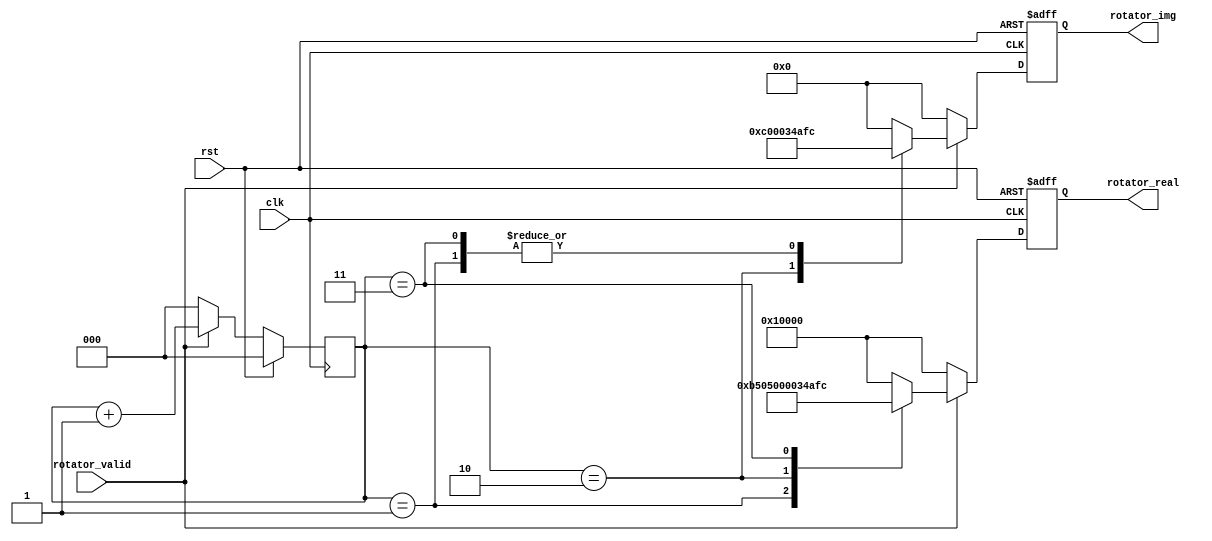
`timescale 1ns / 1ps
module RotatorMemory8 (
	input			clk,
	input			rst,
	input			rotator_valid,
	output	[17:0]	rotator_real,
	output	[17:0]	rotator_img
);

reg		[2:0]	counter = 0		;
reg		[17:0]	rotator_real_tmp = 0;
reg		[17:0]	rotator_img_tmp = 0;
//rotator0~165536
//
//cos45 6553646341
parameter	[18-1:0]	cos45_18		= 18'b0_0_1011_0101_0000_0101;
parameter	[18-1:0]	m_cos45_18		= 18'b1_1_0100_1010_1111_1100;
parameter	[18-1:0]	one				= 18'b0_1_0000_0000_0000_0000;
parameter				WAIT_FOR_ROTATOR = 5;


parameter W0_real = one;
parameter W0_img = 0;
parameter W1_real = cos45_18;
parameter W1_img = m_cos45_18;
parameter W2_real = 0;
parameter W2_img = -65536;
parameter W3_real = m_cos45_18;
parameter W3_img = m_cos45_18;

always@(posedge clk) begin
	if(rst) begin
		counter <= 0;
	end else begin
		if(rotator_valid) begin
			counter <= counter + 1;
		end else begin
			counter <= 0;
		end
	end
end

always @(posedge clk or posedge rst) begin
	if (rst) begin
		//,
		rotator_real_tmp <= 1<<16;
		rotator_img_tmp <= 0;
	end else begin
	// 
		if(rotator_valid) begin 
			case (counter)
				3'b000: begin 
					rotator_real_tmp <= W0_real;
					rotator_img_tmp <= W0_img;
				end
				3'b001: begin 
					rotator_real_tmp <= W1_real;
					rotator_img_tmp <= W1_img;
				end
				3'b010: begin 
					rotator_real_tmp <= W2_real;
					rotator_img_tmp <= W2_img;
				end
				3'b011: begin 
					rotator_real_tmp <= W3_real;
					rotator_img_tmp <= W3_img;
				end
				default: begin
					rotator_real_tmp <= 1<<16; // 
					rotator_img_tmp <= 16'h0; // 
				end 
			endcase
		end else begin
			rotator_real_tmp <= 1<<16;
			rotator_img_tmp <= 0;
		end
	end
end

	assign rotator_real = rotator_real_tmp;
	assign rotator_img = rotator_img_tmp;

endmodule